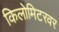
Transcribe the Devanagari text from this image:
किलोमिटरवर